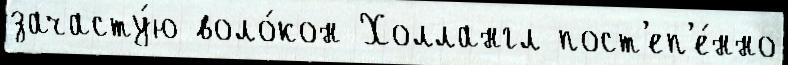
зачасту́ю воло́кон Холлангл пост'еп'е́нно